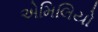
એમિલિયો